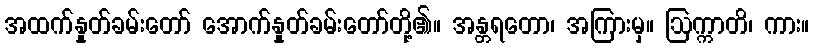
အထက်နှုတ်ခမ်းတော် အောက်နှုတ်ခမ်းတော်တို့၏။ အန္တရတော၊ အကြားမှ။ ဩက္ကာတိ၊ ကား။